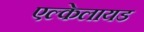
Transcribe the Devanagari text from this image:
एल्केलायड